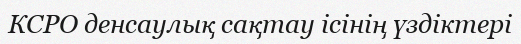
КСРО денсаулық сақтау ісінің үздіктері